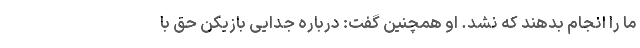
ما را انجام بدهند که نشد. او همچنین گفت: درباره جدایی بازیکن حق با